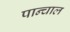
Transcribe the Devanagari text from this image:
पान्चाल